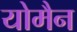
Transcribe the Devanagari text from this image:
योमैन